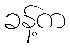
ခန့်က